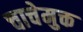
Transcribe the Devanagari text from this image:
चाचेमुक्त